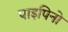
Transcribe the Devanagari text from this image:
पाइपिनो